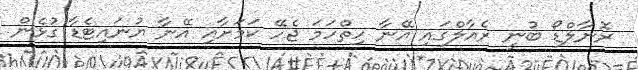
ރޮނާލްޑޯ ބުނީ ރެއާލްގައި އޭނާ ހިތްހަމަ ޖެހޭ ކަމަށާއި އޭނާ ޔުނައިޓެޑާ ގުޅެން